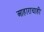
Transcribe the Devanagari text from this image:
आहाराचाही